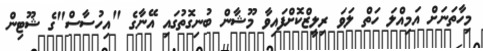
މިހާތަނަށް އަމިއްލަ ހަތް ލަވަ ރިލީޒްކޮށްފައިވާ މޫޝާން ބުނިގޮތުގައި އޭނާގެ "އިހުސާސް"ގެ ޝޫޓިން